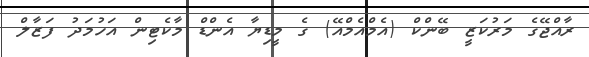
ރާއްޖޭގެ މަރުކަޒީ ބޭންކް (އެމްއެމްއޭ) ގެ މީޑިޔާ އެންޑް މާކެޓިން އަހުމަދު ފަޒާލް